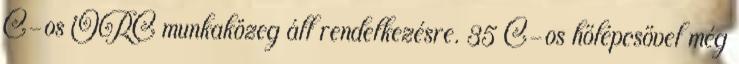
C-os ORC munkaközeg áll rendelkezésre. 35 C-os hőlépcsővel még